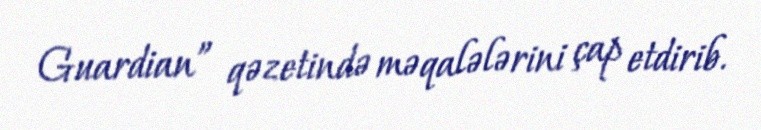
Guardian” qəzetində məqalələrini çap etdirib.